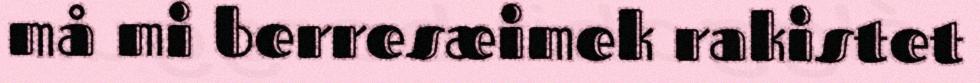
må mi berresæimek rakistet